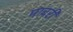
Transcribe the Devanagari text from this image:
माबरी